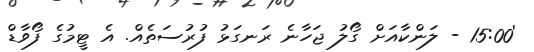
'15:00 - ލަންކާއަށް ގޯލު ޖަހާނެ ރަނގަޅު ފުރުސަތެއް. އެ ޓީމުގެ ފޯވާޑް